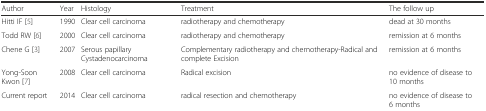
<table><thead><tr><td><b>Author</b></td><td><b>Year</b></td><td><b>Histology</b></td><td><b>Treatment</b></td><td><b>The follow up</b></td></tr></thead><tbody><tr><td>Hitti IF [5]</td><td>1990</td><td>Clear cell carcinoma</td><td>radiotherapy and chemotherapy</td><td>dead at 30 months</td></tr><tr><td>Todd RW [6]</td><td>2000</td><td>Clear cell carcinoma</td><td>radiotherapy and chemotherapy</td><td>remission at 6 months</td></tr><tr><td>Chene G [3]</td><td>2007</td><td>Serous papillary Cystadenocarcinoma</td><td>Complementary radiotherapy and chemotherapy-Radical and complete Excision</td><td>remission at 6 months</td></tr><tr><td>Yong-Soon Kwon [7]</td><td>2008</td><td>Clear cell carcinoma</td><td>Radical excision</td><td>no evidence of disease to 10 months</td></tr><tr><td>Current report</td><td>2014</td><td>Clear cell carcinoma</td><td>radical resection and chemotherapy</td><td>no evidence of disease to 6 months</td></tr></tbody></table>